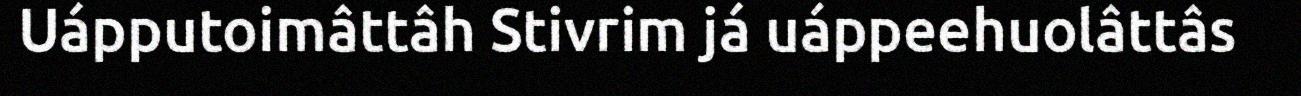
Uápputoimâttâh Stivrim já uáppeehuolâttâs